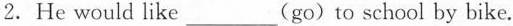
2. He would like___(go)to school by bike.